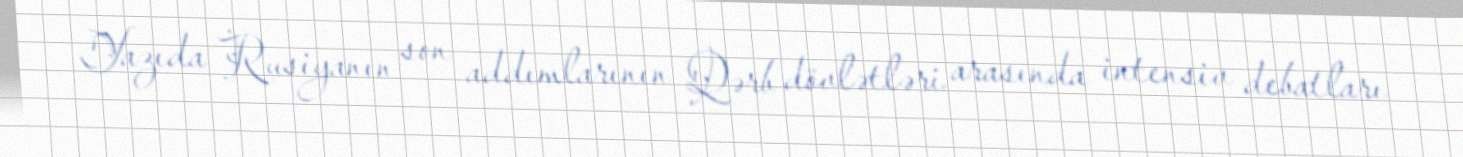
Yazıda Rusiyanın son addımlarının Qərb dövlətləri arasında intensiv debatları